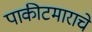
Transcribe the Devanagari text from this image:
पाकीटमाराचे